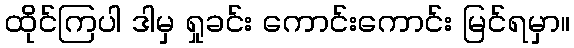
ထိုင်ကြပါ ဒါမှ ရှုခင်း ကောင်းကောင်း မြင်ရမှာ။